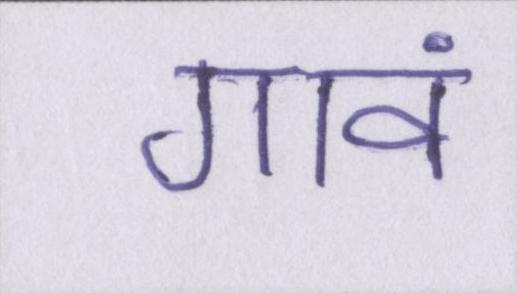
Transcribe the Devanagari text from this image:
गावं